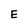
Character: E